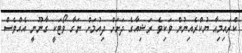
ކްރައިމިއާ ޔުކްރެއިނުން ވަކިވެ ރަޝިއާގެ ދަށަށް ދިއުމަށް ނަގާ ވޯޓަކީ ގާނޫނީ އެއްވެސް